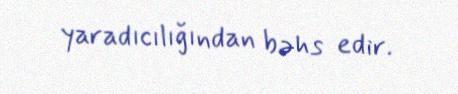
yaradıcılığından bəhs edir.